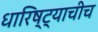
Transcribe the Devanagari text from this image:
धारिष्ट्याचीच